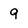
Character: 9